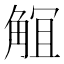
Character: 𧣬